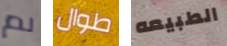
لم طوال الطبيعه